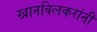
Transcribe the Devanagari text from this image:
खानविलकरांनी